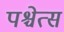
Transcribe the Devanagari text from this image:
पश्चेत्स